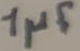
Text: 1µF